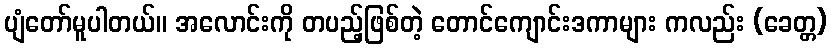
ပျံတော်မူပါတယ်။ အလောင်းကို တပည့်ဖြစ်တဲ့ တောင်ကျောင်းဒကာများ ကလည်း (ခေတ္တ)